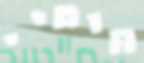
חוטיי